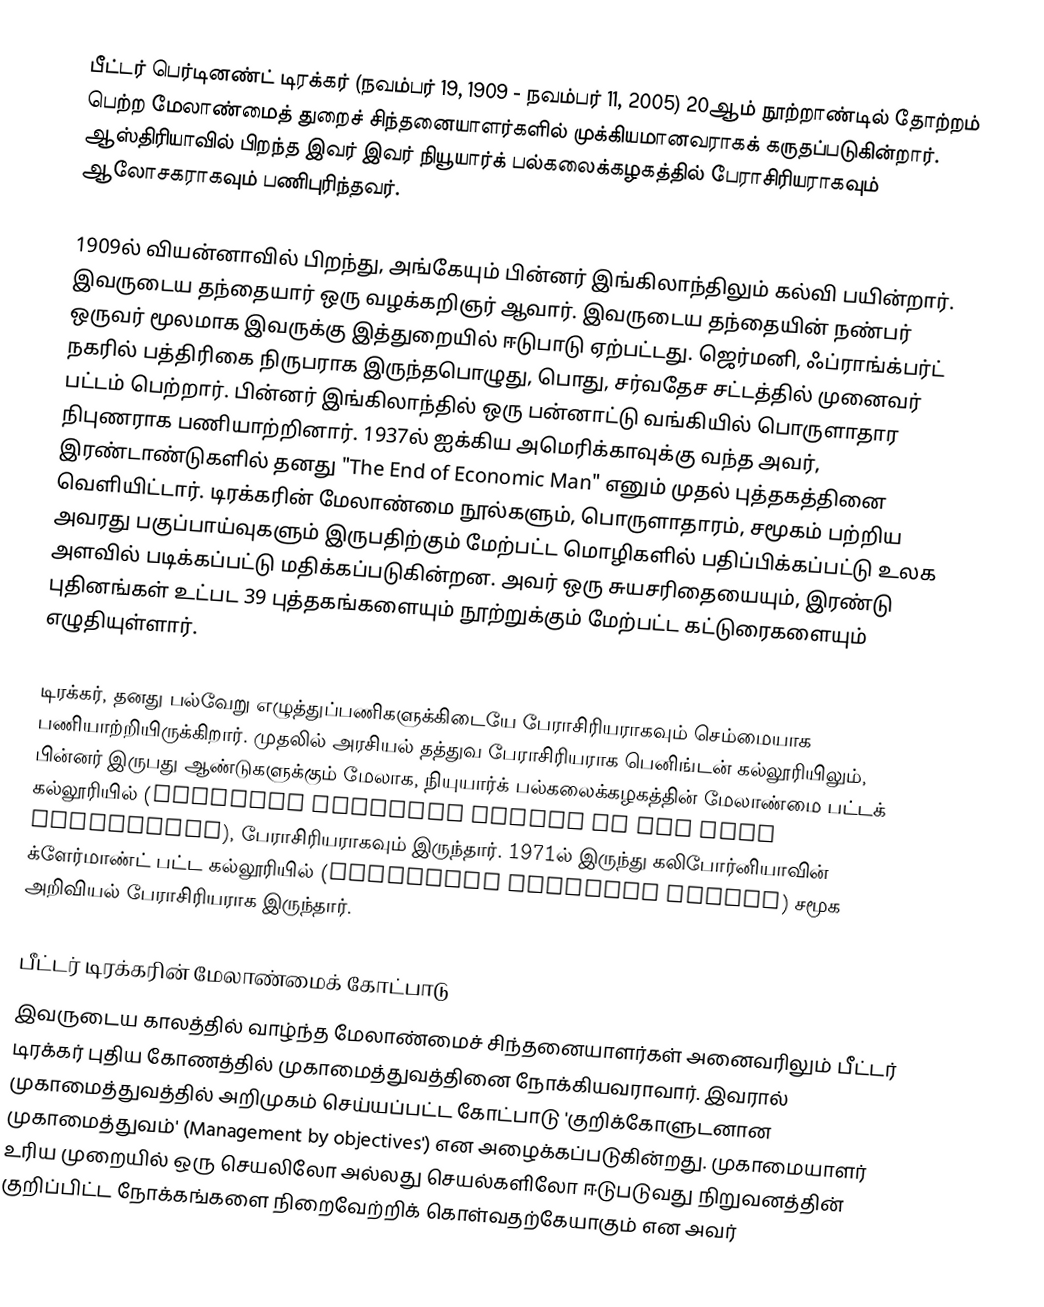
பீட்டர் பெர்டினண்ட் டிரக்கர் (நவம்பர் 19, 1909 - நவம்பர் 11, 2005) 20ஆம் நூற்றாண்டில் தோற்றம் பெற்ற மேலாண்மைத் துறைச் சிந்தனையாளர்களில் முக்கியமானவராகக் கருதப்படுகின்றார். ஆஸ்திரியாவில் பிறந்த இவர் இவர் நியூயார்க் பல்கலைக்கழகத்தில் பேராசிரியராகவும் ஆலோசகராகவும் பணிபுரிந்தவர்.

1909ல் வியன்னாவில் பிறந்து, அங்கேயும் பின்னர் இங்கிலாந்திலும் கல்வி பயின்றார். இவருடைய தந்தையார் ஒரு வழக்கறிஞர் ஆவார். இவருடைய தந்தையின் நண்பர் ஒருவர் மூலமாக இவருக்கு இத்துறையில் ஈடுபாடு ஏற்பட்டது. ஜெர்மனி, ஃப்ராங்க்பர்ட் நகரில் பத்திரிகை நிருபராக இருந்தபொழுது, பொது, சர்வதேச சட்டத்தில் முனைவர் பட்டம் பெற்றார். பின்னர் இங்கிலாந்தில் ஒரு பன்னாட்டு வங்கியில் பொருளாதார நிபுணராக பணியாற்றினார். 1937ல் ஐக்கிய அமெரிக்காவுக்கு வந்த அவர், இரண்டாண்டுகளில் தனது "The End of Economic Man" எனும் முதல் புத்தகத்தினை வெளியிட்டார். டிரக்கரின் மேலாண்மை நூல்களும், பொருளாதாரம், சமூகம் பற்றிய அவரது பகுப்பாய்வுகளும் இருபதிற்கும் மேற்பட்ட மொழிகளில் பதிப்பிக்கப்பட்டு உலக அளவில் படிக்கப்பட்டு மதிக்கப்படுகின்றன. அவர் ஒரு சுயசரிதையையும், இரண்டு புதினங்கள் உட்பட 39 புத்தகங்களையும் நூற்றுக்கும் மேற்பட்ட கட்டுரைகளையும்  எழுதியுள்ளார்.

டிரக்கர், தனது பல்வேறு எழுத்துப்பணிகளுக்கிடையே பேராசிரியராகவும் செம்மையாக பணியாற்றியிருக்கிறார். முதலில் அரசியல் தத்துவ பேராசிரியராக பெனிங்டன் கல்லூரியிலும், பின்னர் இருபது ஆண்டுகளுக்கும் மேலாக, நியுயார்க் பல்கலைக்கழகத்தின் மேலாண்மை பட்டக் கல்லூரியில் (Graduate Business School of New York University), பேராசிரியராகவும் இருந்தார். 1971ல் இருந்து கலிபோர்னியாவின் க்ளேர்மாண்ட் பட்ட கல்லூரியில் (Claremont Graduate School) சமூக அறிவியல் பேராசிரியராக இருந்தார்.

பீட்டர் டிரக்கரின் மேலாண்மைக் கோட்பாடு
இவருடைய காலத்தில் வாழ்ந்த மேலாண்மைச் சிந்தனையாளர்கள் அனைவரிலும் பீட்டர் டிரக்கர் புதிய கோணத்தில் முகாமைத்துவத்தினை நோக்கியவராவார். இவரால் முகாமைத்துவத்தில் அறிமுகம் செய்யப்பட்ட கோட்பாடு 'குறிக்கோளுடனான முகாமைத்துவம்' (Management by objectives') என அழைக்கப்படுகின்றது. முகாமையாளர் உரிய முறையில் ஒரு செயலிலோ அல்லது செயல்களிலோ ஈடுபடுவது நிறுவனத்தின் குறிப்பிட்ட நோக்கங்களை நிறைவேற்றிக் கொள்வதற்கேயாகும் என அவர்